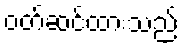
ဝတ်ဆင်ထားသည်